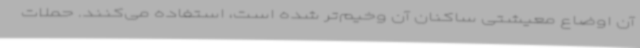
آن اوضاع معیشتی ساکنان آن وخیم‌تر شده است، استفاده می‌کنند. حملات